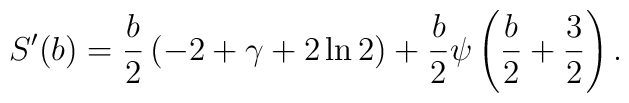
S'(b)= \frac{b}{2}\,(-2+\gamma+2\ln2)+\frac{b}{2}\psi\left(\frac{b}{2}+\frac{3}{2}\right).